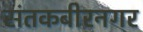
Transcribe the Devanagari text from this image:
संतकबीरनगर